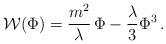
\begin{align*}{\cal W}(\Phi) = \frac{m^2}{\lambda} \,\Phi - \frac{\lambda}{3} \Phi^3\, .\end{align*}